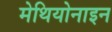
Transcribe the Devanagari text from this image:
मेथियोनाइन